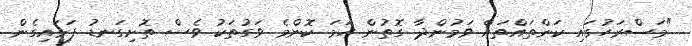
"މަސްރަހުގައި ކަންތައްތައް ވަމުންދާ ގޮތުން ހަމަ ކޮންމެ ވަގުތަކު ވެސް ތޮށިގަނޑު ފަޅައިގެން